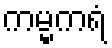
ကမ္မကရံ